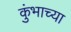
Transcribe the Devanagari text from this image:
कुंभाच्या